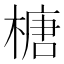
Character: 榶